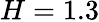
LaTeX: H=1.3